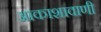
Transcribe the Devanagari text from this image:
आकाशावाणी